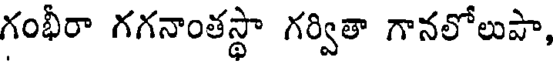
గంభీరా గగనాంతస్థా గర్వితా గానలోలుపా,